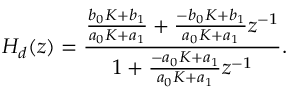
H _ { d } ( z ) = { \frac { { \frac { b _ { 0 } K + b _ { 1 } } { a _ { 0 } K + a _ { 1 } } } + { \frac { - b _ { 0 } K + b _ { 1 } } { a _ { 0 } K + a _ { 1 } } } z ^ { - 1 } } { 1 + { \frac { - a _ { 0 } K + a _ { 1 } } { a _ { 0 } K + a _ { 1 } } } z ^ { - 1 } } } .